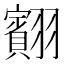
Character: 䎙